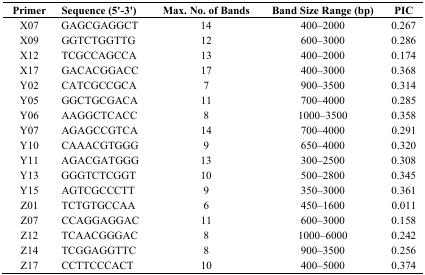
<table><thead><tr><td><b>Primer</b></td><td><b>Sequence (5′-3′)</b></td><td><b>Max. No. of Bands</b></td><td><b>Band Size Range (bp)</b></td><td><b>PIC</b></td></tr></thead><tbody><tr><td>X07</td><td>GAGCGAGGCT</td><td>14</td><td>400–2000</td><td>0.267</td></tr><tr><td>X09</td><td>GGTCTGGTTG</td><td>12</td><td>600–3000</td><td>0.286</td></tr><tr><td>X12</td><td>TCGCCAGCCA</td><td>13</td><td>400–2000</td><td>0.174</td></tr><tr><td>X17</td><td>GACACGGACC</td><td>17</td><td>400–3000</td><td>0.368</td></tr><tr><td>Y02</td><td>CATCGCCGCA</td><td>7</td><td>900–3500</td><td>0.314</td></tr><tr><td>Y05</td><td>GGCTGCGACA</td><td>11</td><td>700–4000</td><td>0.285</td></tr><tr><td>Y06</td><td>AAGGCTCACC</td><td>8</td><td>1000–3500</td><td>0.358</td></tr><tr><td>Y07</td><td>AGAGCCGTCA</td><td>14</td><td>700–4000</td><td>0.291</td></tr><tr><td>Y10</td><td>CAAACGTGGG</td><td>9</td><td>650–4000</td><td>0.320</td></tr><tr><td>Y11</td><td>AGACGATGGG</td><td>13</td><td>300–2500</td><td>0.308</td></tr><tr><td>Y13</td><td>GGGTCTCGGT</td><td>10</td><td>500–2800</td><td>0.345</td></tr><tr><td>Y15</td><td>AGTCGCCCTT</td><td>9</td><td>350–3000</td><td>0.361</td></tr><tr><td>Z01</td><td>TCTGTGCCAA</td><td>6</td><td>450–1600</td><td>0.011</td></tr><tr><td>Z07</td><td>CCAGGAGGAC</td><td>11</td><td>600–3000</td><td>0.158</td></tr><tr><td>Z12</td><td>TCAACGGGAC</td><td>8</td><td>1000–6000</td><td>0.242</td></tr><tr><td>Z14</td><td>TCGGAGGTTC</td><td>8</td><td>900–3500</td><td>0.256</td></tr><tr><td>Z17</td><td>CCTTCCCACT</td><td>10</td><td>400–5000</td><td>0.374</td></tr></tbody></table>